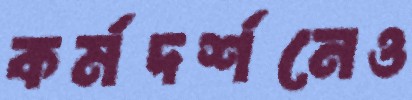
কর্মদর্শনেও